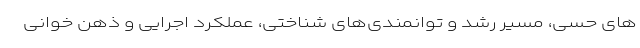
های حسی، مسیر رشد و توانمندی‌های شناختی، عملکرد اجرایی و ذهن خوانی